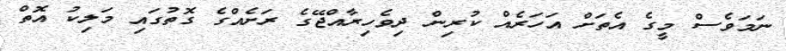
ނަމަވެސް މީގެ އެތަށް އަހަރެއް ކުރިން ދިވެހިރާއްޖޭގެ ރަށެއްގެ ގޮތުގައި މަލިކު އޮތް